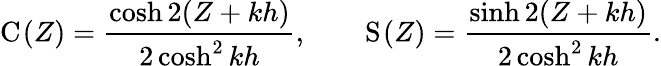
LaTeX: \mathrm{C}_{}(Z)=\frac{\cosh 2(Z+kh)}{2\cosh^{2}kh},\qquad\mathrm{S}_{}(Z)=\frac{\sinh 2(Z+kh)}{2\cosh^{2}kh}.